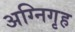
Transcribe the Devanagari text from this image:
अग्निगृह